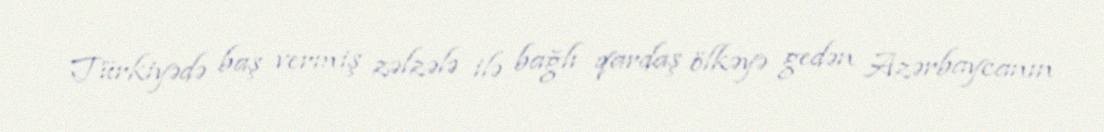
Türkiyədə baş vermiş zəlzələ ilə bağlı qardaş ölkəyə gedən Azərbaycanın